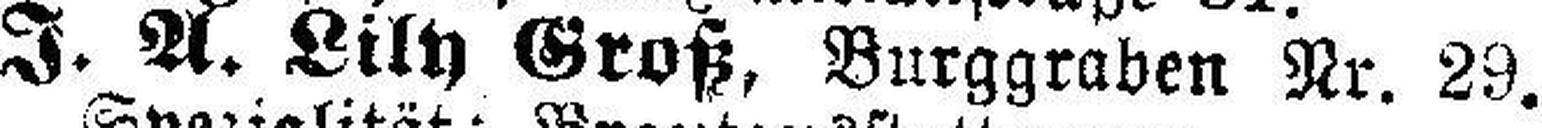
J. A. Lily Groß, Burggraben Nr. 29.